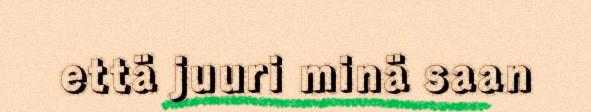
että juuri minä saan